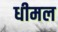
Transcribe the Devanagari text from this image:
धीमल